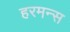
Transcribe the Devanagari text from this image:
हरमन्स